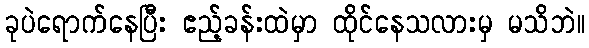
ခုပဲရောက်နေပြီး ဧည့်ခန်းထဲမှာ ထိုင်နေသလားမှ မသိဘဲ။